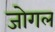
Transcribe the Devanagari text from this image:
जोगल